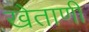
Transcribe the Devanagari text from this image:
खेताणी